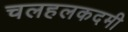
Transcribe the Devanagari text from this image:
चलहलकदमी